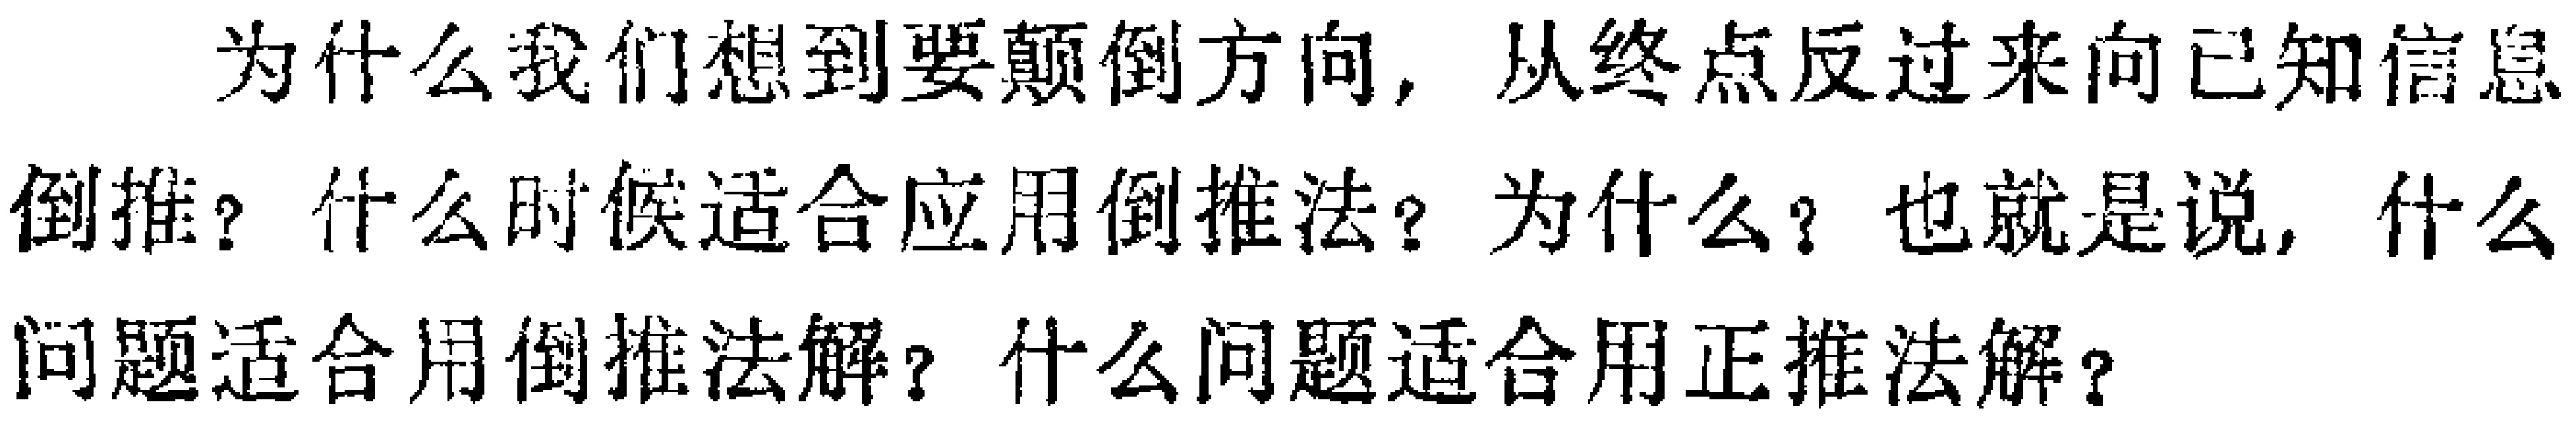
为什么我们想到要颠倒方向，从终点反过来向已知信息倒推？什么时候适合应用倒推法？为什么？也就是说，什么问题适合用倒推法解？什么问题适合用正推法解？